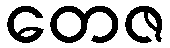
တေဇ